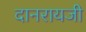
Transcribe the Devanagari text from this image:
दानरायजी